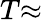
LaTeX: T{\approx}